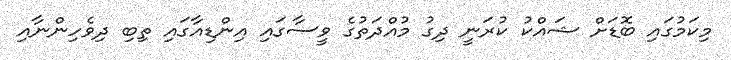
މިކަމުގައި ބޮޑަށް ޝައްކު ކުރަނީ ދިގު މުއްދަތުގެ ވީސާގައި އިންޑިއާގައި ތިބި ދިވެހިންނާއި